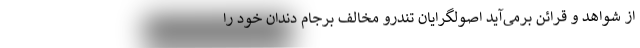
از شواهد و قرائن برمی‌آید اصولگرایان تندرو مخالف برجام دندان خود را